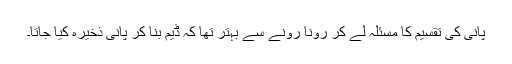
پانی کی تقسیم کا مسئلہ لے کر رونا رونے سے بہتر تھا کہ ڈیم بنا کر پانی ذخیرہ کیا جاتا۔